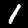
Label: 1